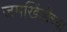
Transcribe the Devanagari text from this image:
जमखिंडीच्या